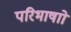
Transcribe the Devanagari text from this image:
परिभाषाो